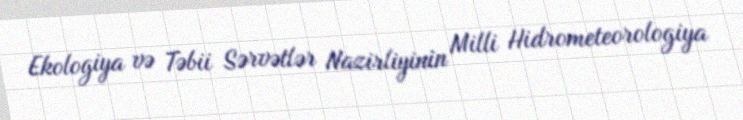
Ekologiya və Təbii Sərvətlər Nazirliyinin Milli Hidrometeorologiya